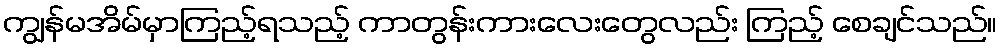
ကျွန်မအိမ်မှာကြည့်ရသည့် ကာတွန်းကားလေးတွေလည်း ကြည့် စေချင်သည်။